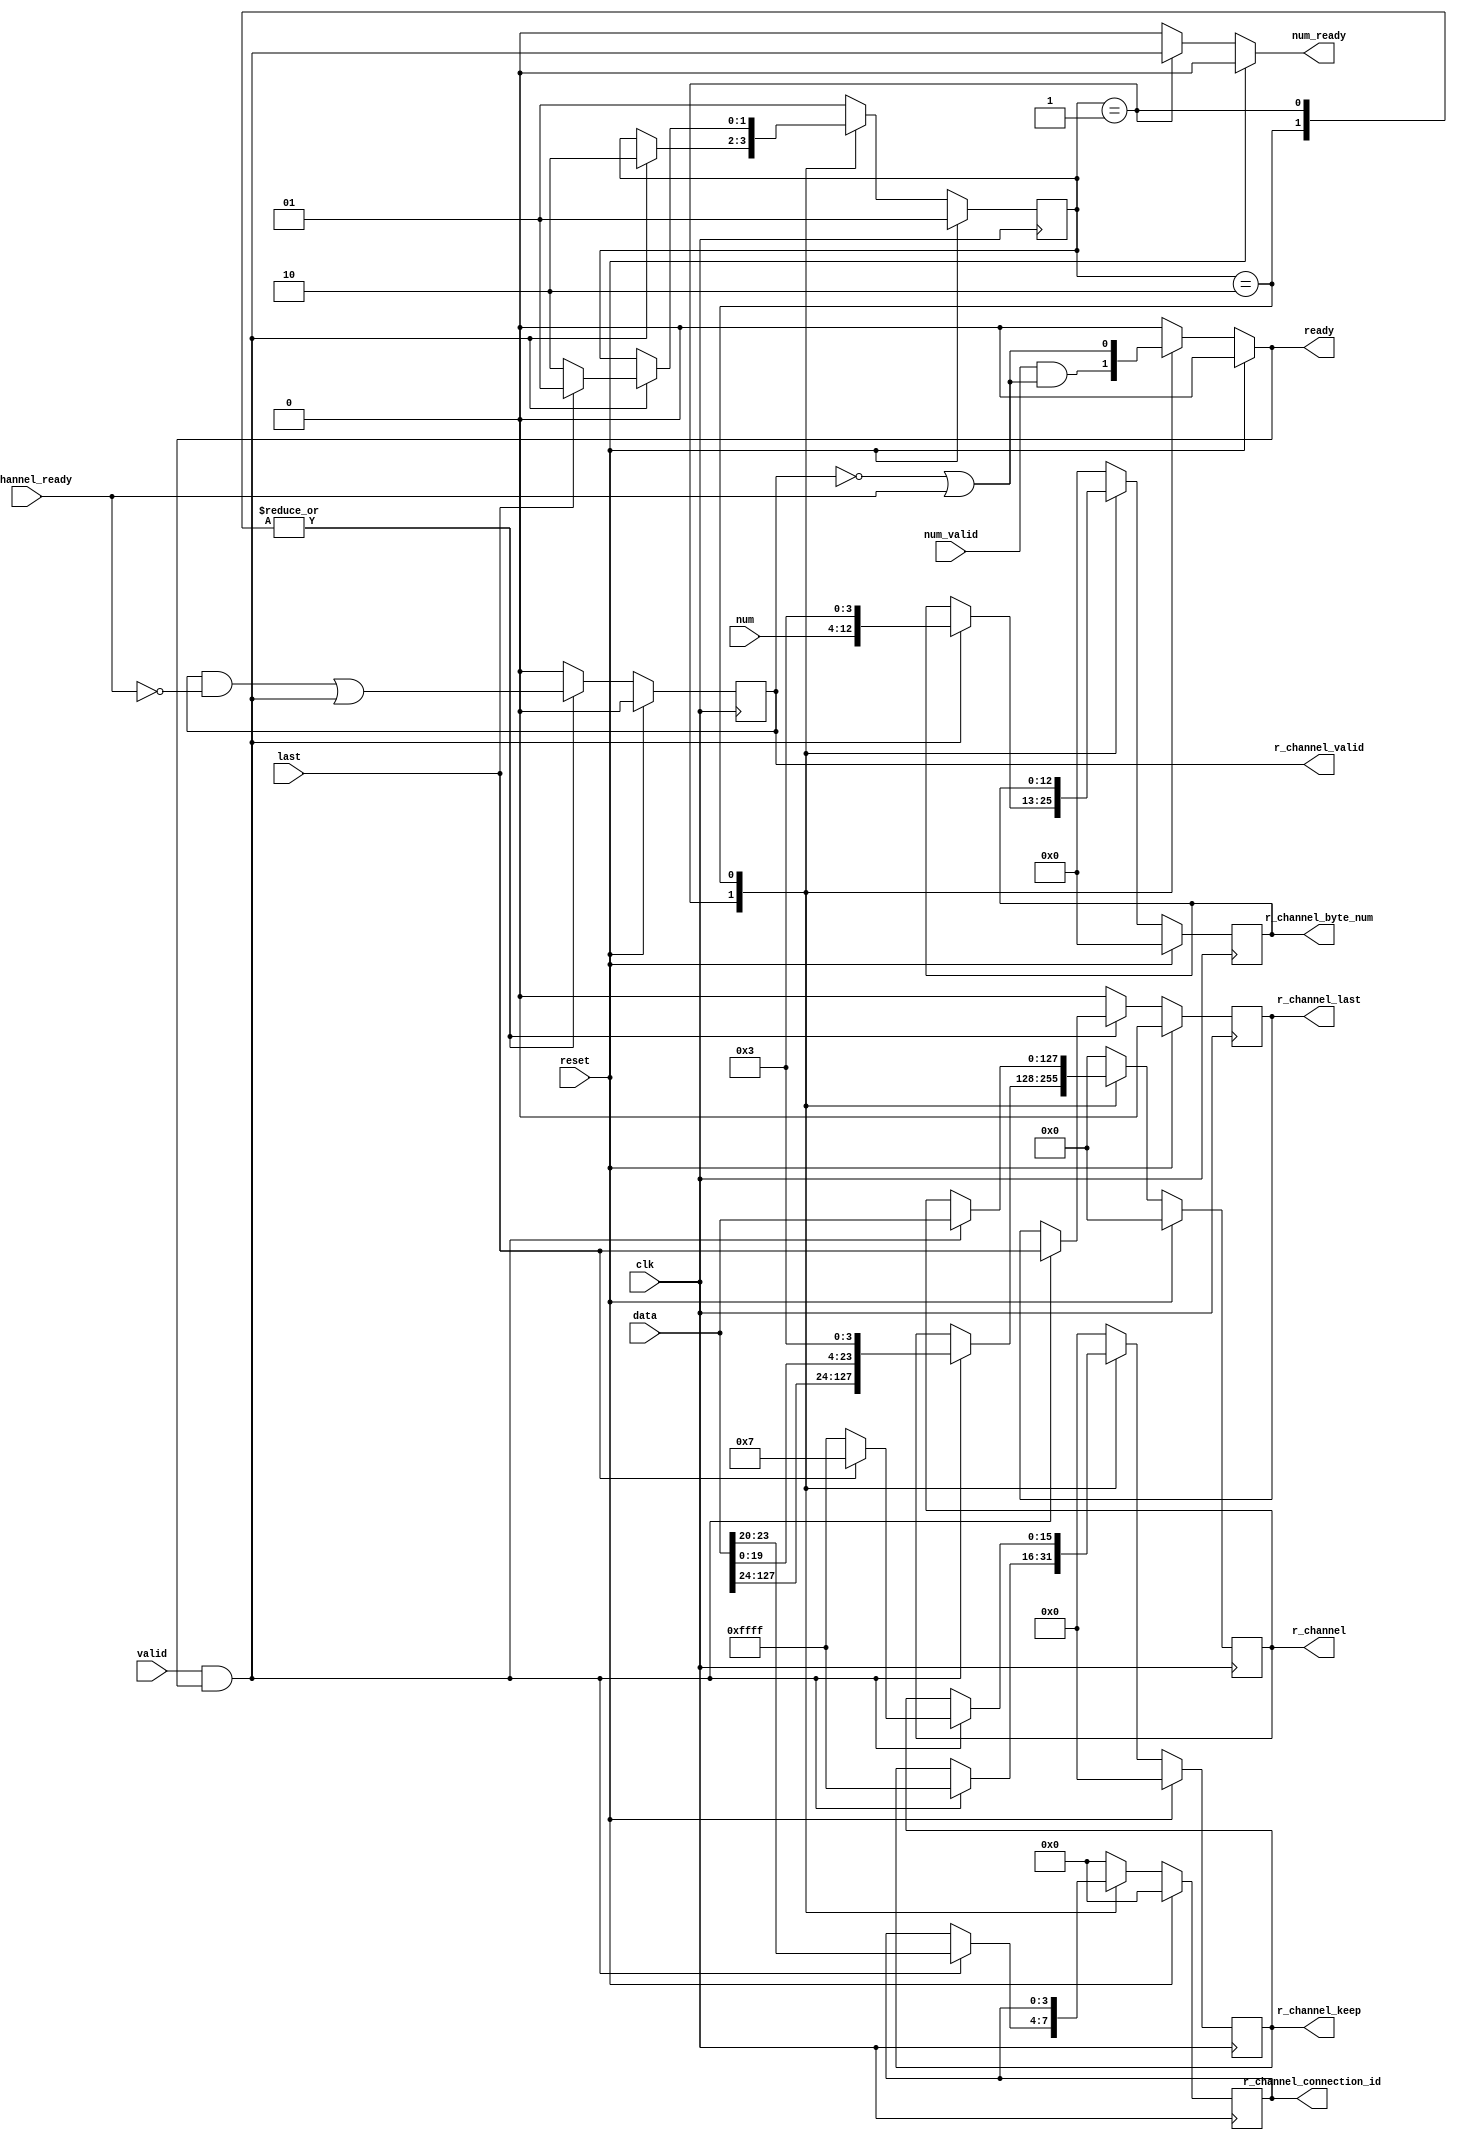
`timescale 1ns / 1ps

module r_connection_id_gene
(
    input  wire         reset,
    input  wire         clk,
   
    input  wire [127:0] data,
    input  wire         last,
    input  wire         valid,
    output reg          ready = 1'b0,
    
    input  wire [8:0]   num,
    input  wire         num_valid,
    output reg          num_ready = 1'b 0,
    
   
    output reg [127:0]  r_channel=128'b0,
    output reg [3:0]    r_channel_connection_id=4'b0,
    output reg [12:0]   r_channel_byte_num = 13'b0,
    output reg [15:0]   r_channel_keep=16'b0,
    output reg          r_channel_last=1'b0,
    output reg          r_channel_valid=1'b0,
    input  wire         r_channel_ready

);



localparam SW         = 2;
localparam ONE_HOT    = 2'b 1;
localparam st0        = ONE_HOT << 0;
localparam st1        = ONE_HOT << 1;
reg [SW-1:0]        state           = st0;
reg [SW-1:0]        next_state      = st0;

reg [127:0]  next_r_channel=128'b0;
reg [3:0]    next_r_channel_connection_id=4'b0;
reg [12:0]   next_r_channel_byte_num=13'b0;
reg [15:0]   next_r_channel_keep=16'b0;
reg          next_r_channel_last=1'b0;
reg          next_r_channel_valid=1'b0;

always @(posedge clk)
begin
    if (reset)
    begin
        r_channel                <= 128'b 0;
        r_channel_connection_id  <= 4'b 0;
        r_channel_keep           <= 16'h 0;
        r_channel_last           <= 1'b 0;
        r_channel_valid          <= 1'b 0;
        r_channel_byte_num       <= 13'b 0;
        state                    <= st0;
    end
    else
    begin
        r_channel                <= next_r_channel;
        r_channel_connection_id  <= next_r_channel_connection_id;
        r_channel_keep           <= next_r_channel_keep;
        r_channel_last           <= next_r_channel_last;
        r_channel_valid          <= next_r_channel_valid;
        r_channel_byte_num       <= next_r_channel_byte_num;
        state                    <= next_state;
    end
end


always @(reset                     or 
         r_channel                 or
         r_channel_connection_id   or
         r_channel_keep            or
         r_channel_last            or
         r_channel_valid           or
         state                     or
         r_channel_ready           or
         data                      or
         last                      or
         valid                     or
         ready                     or
         r_channel_byte_num        or
         num                       or
         num_valid                 or
         num_ready
         )
begin
    next_r_channel                <= r_channel;
    next_r_channel_connection_id  <= r_channel_connection_id;
    next_r_channel_keep           <= r_channel_keep;
    next_r_channel_last           <= r_channel_last;
    next_r_channel_valid          <= r_channel_valid;
    next_r_channel_byte_num       <= r_channel_byte_num;
    next_state                    <= state;
    if (reset)
    begin
        ready                         <= 1'b 0;
        num_ready                     <= 1'b 0;
        next_r_channel                <= 128'b 0;
        next_r_channel_connection_id  <= 4'b 0;
        next_r_channel_keep           <= 16'h 0;
        next_r_channel_last           <= 1'b 0;
        next_r_channel_valid          <= 1'b 0;
        next_r_channel_byte_num       <= 13'b 0;
        next_state                    <= st0;
    end
    else
    begin
        case (state)
        st0:
        begin
            ready                    <= num_valid & ((~r_channel_valid) | r_channel_ready);
            num_ready                <= valid & ready;
            next_r_channel_valid     <= (r_channel_valid & (~r_channel_ready)) | (valid & ready);
            if (valid & ready)
            begin
                next_r_channel                <= {data[127:24],data[19:0],4'b0011};
                next_r_channel_connection_id  <= data[23:20];
                next_r_channel_byte_num       <= {num,4'b 11};
                next_r_channel_keep           <= 16'h ffff;
                next_r_channel_last           <= last;
                next_state                    <= st1;
            end
        end
        st1:
        begin
            ready                    <= (~r_channel_valid) | r_channel_ready;
            num_ready                <= 1'b 0;
            next_r_channel_valid     <= (r_channel_valid & (~r_channel_ready)) | (valid & ready);
            if (valid & ready)
            begin
                next_r_channel             <= data;
                next_r_channel_last        <= last;
                if (last)
                begin
                    next_r_channel_keep        <= 16'h 0007;
                    next_state                 <= st0;
                end
                else
                begin
                    next_r_channel_keep        <= 16'h ffff;
                    next_state                 <= st1;
                end

            end
        end
        default:
        begin
            ready                         <= 1'b 0;
            num_ready                     <= 1'b 0;
            next_r_channel                <= 128'b 0;
            next_r_channel_connection_id  <= 4'b 0;
            next_r_channel_byte_num       <= 13'b 0;
            next_r_channel_keep           <= 16'h 0;
            next_r_channel_last           <= 1'b 0;
            next_r_channel_valid          <= 1'b 0;
            next_state                    <= st0;
        end
        endcase
    end
end



endmodule